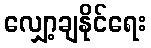
လျှော့ချနိုင်ရေး